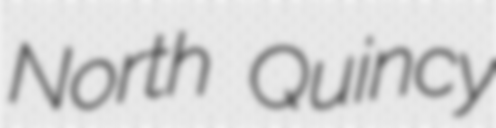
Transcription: North Quincy